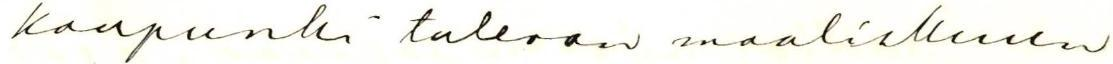
kaupunki tulevan maaliskuun